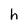
Character: h